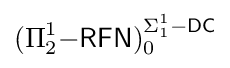
(\Pi _{2}^{1}{\mathsf {-RFN}})_{0}^{\Sigma _{1}^{1}{\mathsf {-DC}}}